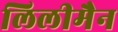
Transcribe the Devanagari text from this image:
लिलीमैन